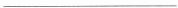
___